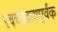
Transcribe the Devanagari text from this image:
स्वच्छंदतापूर्वक